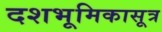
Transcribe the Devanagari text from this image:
दशभूमिकासूत्र